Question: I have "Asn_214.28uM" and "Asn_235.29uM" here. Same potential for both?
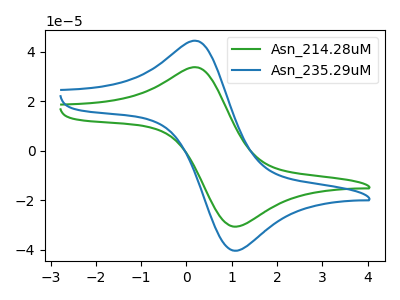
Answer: <think>The green curve "Asn_214.28uM" has an anodic peak at (0.25V, 33.60uA) and a cathodic peak at (1.05V, -30.70uA). The blue curve "Asn_235.29uM" has an anodic peak at (0.25V, 44.25uA) and a cathodic peak at (1.05V, -40.40uA).
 All the peaks in "Asn_214.28uM" have a peak in "Asn_235.29uM" at the same potential. Every peak in "Asn_214.28uM" is lower than every peak in "Asn_235.29uM".</think>
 <answer>"Asn_214.28uM" and "Asn_235.29uM" are similar in shape.</answer>
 <eval>same_shape</eval>